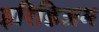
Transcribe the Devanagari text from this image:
इरिडिअम